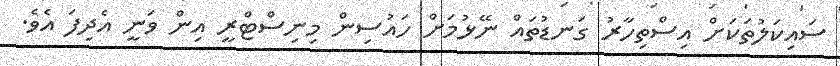
ސައިކަލުތަކަށް އިސްތިހާރު ގަނޑުތައް ނޭޅުމަށް ހައުސިން މިނިސްޓްރީ އިން ވަނީ އެދިފަ އެވެ.